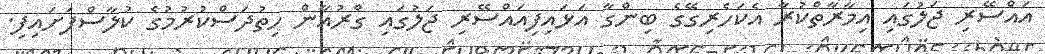
އައްސޭރި ޖަލުގައި އިމާރާތްކުރާ އެކަހެރިގޭގެ ބިންގާ އަޅައިފިއައްސޭރި ޖަލުގައި ގްރުއާން ހިތުދަސްކުރުމުގެ ކުލާސްފަށައިފި.